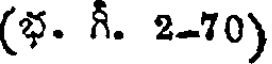
(భ. గీ. 2-70)